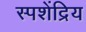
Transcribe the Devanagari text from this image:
स्पशेंद्रिय